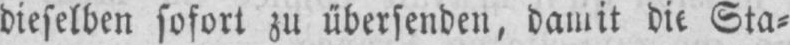
die Sta⸗